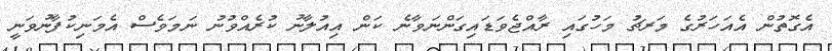
އެގޮތުން އެއަހަރުގެ މަރޗު މަހުގައި ރާއްޖެވަޑައިގަންނަވާނެ ކަން އިއުލާނު ކުރެއްވުނު ނަމަވެސް އެމަނިކުފާނުވަނީ